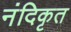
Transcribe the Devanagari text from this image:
नंदिकृत